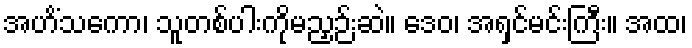
အဟိံသကော၊ သူတစ်ပါးကိုမညှဉ်းဆဲ။ ဒေဝ၊ အရှင်မင်းကြီး။ အထ၊